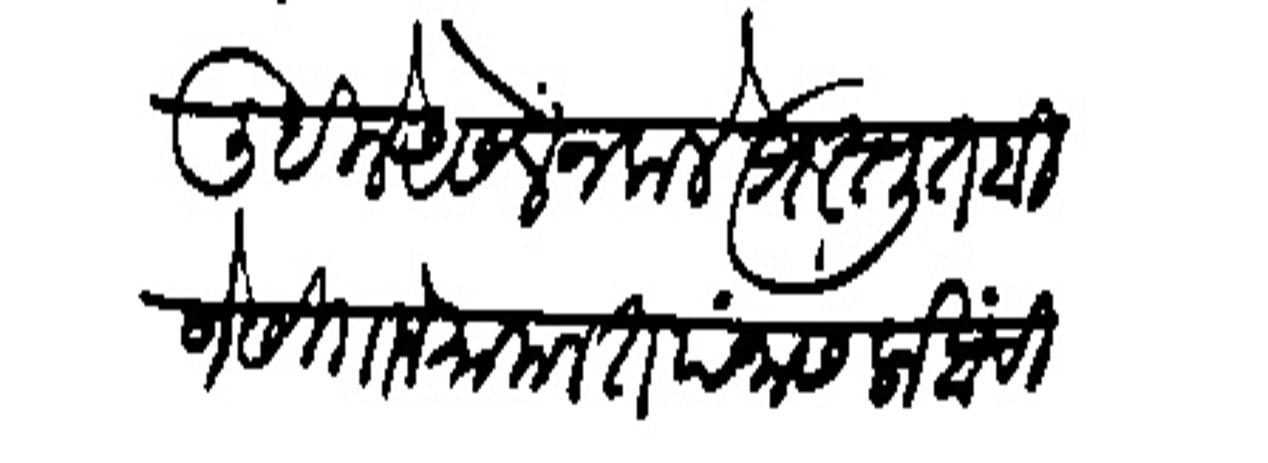
Transliteration (Devanagari): लिहिले असेल न कले प्रस्तुत बिजेसिगाने मामलत पंनास लाखांची